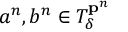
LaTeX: a ^ { n } , b ^ { n } \in T _ { \delta } ^ { \mathbf { p } ^ { n } }